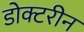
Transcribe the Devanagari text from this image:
डोक्टरीन